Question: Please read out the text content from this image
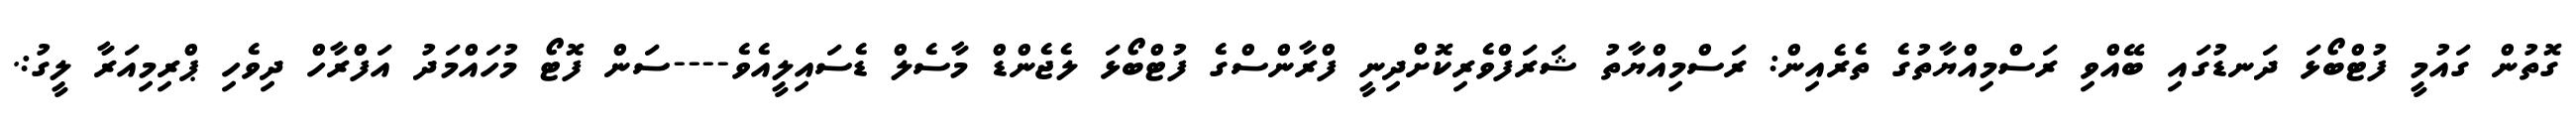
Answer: ގޮތުން ގައުމީ ފުޓްބޯޅަ ދަނޑުގައި ބޭއްވި ރަސްމިއްޔާތުގެ ތެރެއިން: ރަސްމިއްޔާތު ޝަރަފްވެރިކޮށްދިނީ ފްރާންސްގެ ފުޓްބޯޅަ ލެޖެންޑް މާސެލް ޑެސައިލީއެވެ----ސަން ފޮޓޯ މުހައްމަދު އަފްރާހް ދިވެހި ޕްރިމިއަރާ ލީގު:.